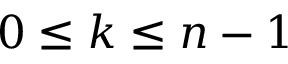
0 \le k \le n - 1